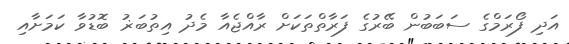
އަދި ފޯރަމްގެ ސަބަބުން ބޭރުގެ ފަރާތްތަކަށް ރާއްޖެއާ މެދު އިތުބަޜު ބޮޑުވާ ކަމަށާއި